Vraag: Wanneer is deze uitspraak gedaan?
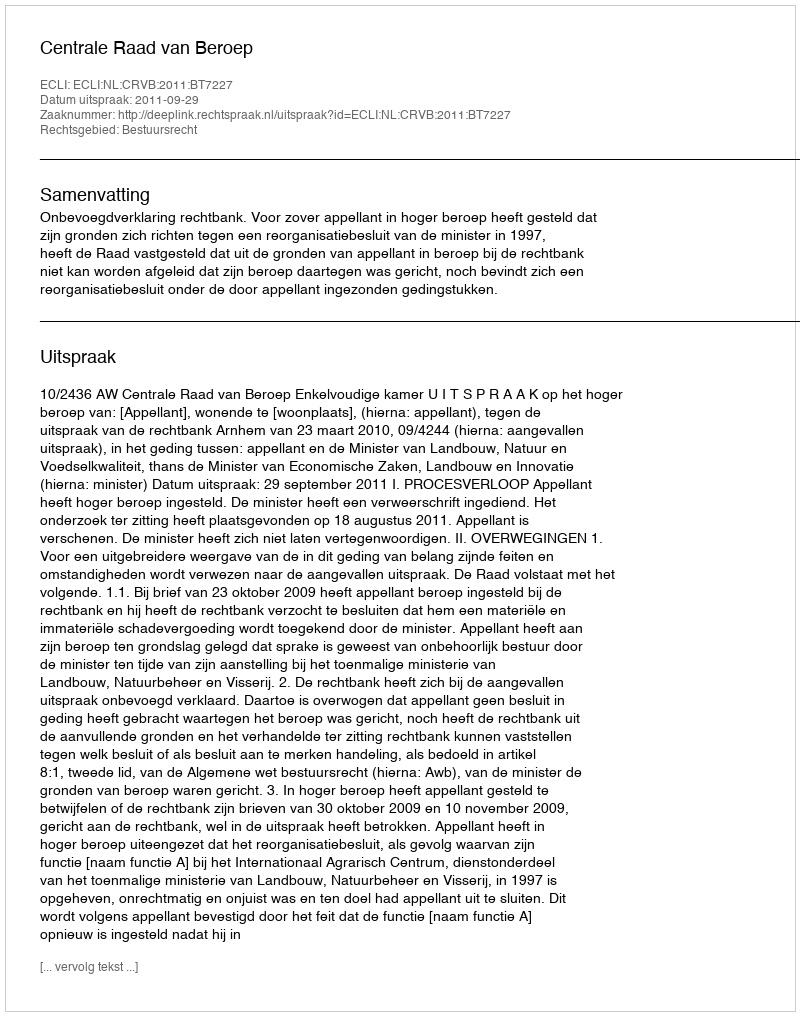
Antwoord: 2011-09-29